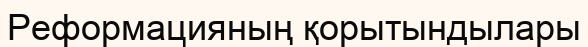
Реформацияның қорытындылары